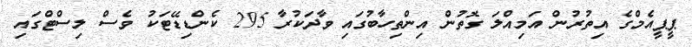
ޕީޕީއެމްގެ އިތުރުން އަމިއްލަ ގޮތުން އިންތިހާބުގައި ވާދަކުރާ 295 ކެންޑިޑޭޓަކު ވެސް ލިސްޓްގައި